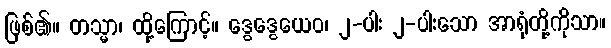
ဖြစ်၏။ တသ္မာ၊ ထို့ကြောင့်။ ဒွေဒွေယေဝ၊ ၂-ပါး ၂-ပါးသော အာရုံတို့ကိုသာ။